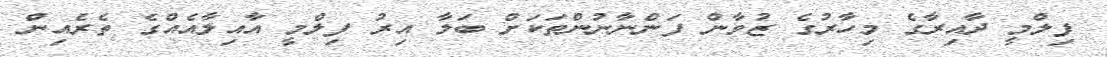
ފިލްމީ ދާއިރާގެ މިހާރުގެ ޒުވާން ފަންނާނުންތަކަށް ބަލާ އިރު ފިލްމީ އާއިލާއެއްގެ ތެރެއިން